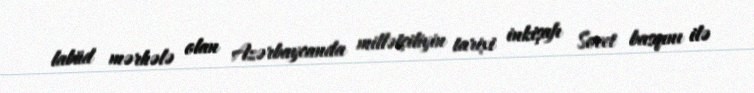
labüd mərhələ olan Azərbaycanda millətçiliyin tarixi inkişafı Sovet basqını ilə